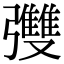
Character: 𪫄